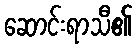
ဆောင်းရာသီ၏